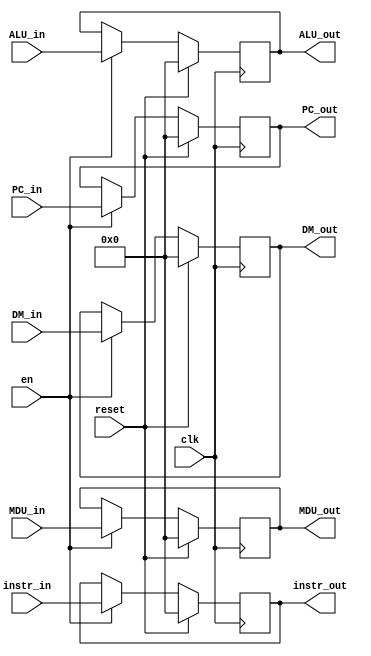
module W_REG (
    input clk,
    input reset,
    input en,
    
    input [31:0] instr_in,
    input [31:0] PC_in,
    input [31:0] ALU_in,
    input [31:0] DM_in,
    input [31:0] MDU_in,

    output reg [31:0] instr_out,
    output reg [31:0] PC_out,
    output reg [31:0] ALU_out,
    output reg [31:0] DM_out,
    output reg [31:0] MDU_out
);
    always @(posedge clk) begin
        if(reset) begin
            instr_out <= 0;
            PC_out <= 0;
            ALU_out <= 0;
            DM_out <= 0;
            MDU_out <= 0;
        end 
        else if(en) begin
            instr_out <= instr_in;
            PC_out <= PC_in;
            ALU_out <= ALU_in;
            DM_out <= DM_in;
            MDU_out <= MDU_in;
        end
        else begin
            instr_out <= instr_out;
            PC_out <= PC_out;
            ALU_out <= ALU_out;
            DM_out <= DM_out;
            MDU_out <= MDU_out;
        end
    end
    
endmodule